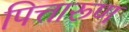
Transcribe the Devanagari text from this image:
पित्तारूण